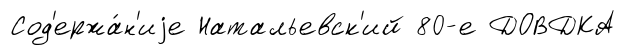
Сод'ержа́н'иjе Натальевск'ий 80-е ДОВДКА